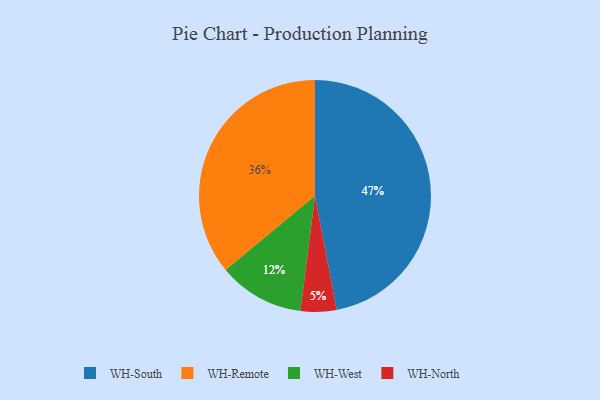
{"axis": {"x": "Category", "y": "Percentage"}, "legend": ["WH-North", "WH-Remote", "WH-South", "WH-West"], "data": [{"x": "WH-West", "y": 12, "type": "WH-West"}, {"x": "WH-Remote", "y": 36, "type": "WH-Remote"}, {"x": "WH-South", "y": 47, "type": "WH-South"}, {"x": "WH-North", "y": 5, "type": "WH-North"}]}